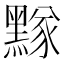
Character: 𪑫